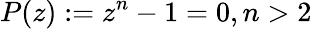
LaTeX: P(z):=z^{n}-1=0,n>2